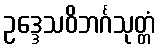
ဥဒ္ဒေသဝိဘင်္ဂသုတ္တံ